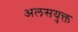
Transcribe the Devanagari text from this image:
अलसयुक्त